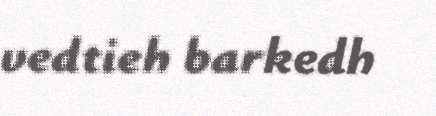
vedtieh barkedh